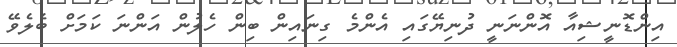
އިންޑޮނީޝިއާ އޮންނަނީ ދުނިޔޭގައި އެންމެ ގިނައިން ބިން ހެލުން އަންނަ ކަމަށް ބެލެވޭ